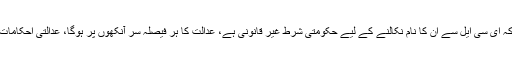
اس دوران نواز شریف نے کہا کہ ای سی ایل سے ان کا نام نکالنے کے لیے حکومتی شرط غیر قانونی ہے، عدالت کا ہر فیصلہ سر آنکھوں پر ہوگا، عدالتی احکامات پر من وعن عمل کیا جائے گا۔